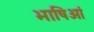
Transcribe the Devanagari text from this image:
भाषिओं